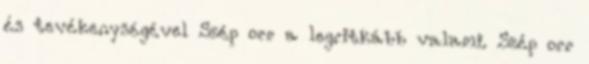
és tevékenységével Szép orr a legritkább valami. Szép orr